Supplement to the account of plague administration in the Bombay Presidency from September 1896 till May 1897
Year: 1896
Disease focus: Plague
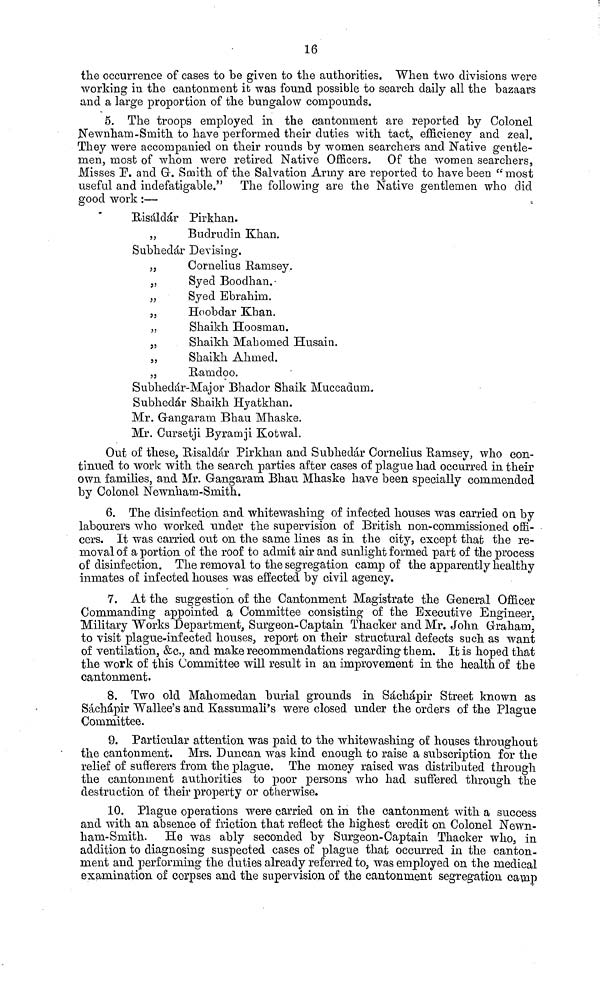
16
the occurrence of cases to be given to the authorities. When two divisions were
working in the cantonment it was found possible to search daily all the bazaars
and a large proportion of the bungalow compounds.
5. The troops employed in the cantonment are reported by Colonel
Newnham-Smith, to have performed their duties with tact, efficiency and zeal.
They were accompanied on their rounds by women searchers and Native gentle-
men, most of whom were retired Native Officers. Of the women searchers,
Misses F. and G. Smith of the Salvation Army are reported to have been "most
useful and indefatigable." The following are the Native gentlemen who did
good work :—
Hisáldár Pirkhan.
,,
Budrudin Khan.
Subhedár Devising.
„
Cornelius Ramsey.
„
Syed Boodhan.
„
Syed Ebrahim.
,,
Hoobdar Khan.
,,
Shaikh Hoosrnan.
,,
Shaikh Mahomed Husain.
,,
Shaikh Ahmed.
„
Ramdoo.
Subhedár-Major Bhador Shaik Muccadum,
Subhedár Shaikh Hyatkhan.
Mr. Gangarani Bhau Mhaske.
Mr. Cursetji Byramji Kotwal.
Out of these, Hisaldár Pirkhan and Subhedár Cornelius Bamsey, who con-
tinued to work with the search parties after cases of plague had occurred in their
own families, and Mr. Gangaram Bhau Mhaske have been specially commended
by Colonel Newnham-Smith.
6. The disinfection and whitewashing of infected houses was carried on by
labourers who worked under the supervision of British non-commissioned offi-
cers. It was carried out on the same lines as in the city, except that the re-
moval of a portion of the roof to admit air and sunlight formed part of the process
of disinfection. The removal to the segregation camp of the apparently healthy
inmates of infected houses was effected by civil agency.
7. At the suggestion of the Cantonment Magistrate the General Officer
Commanding appointed a Committee consisting of the Executive Engineer,
Military Works Department, Surgeon-Captain Thacker and Mr. John Graham,
to visit plague-infected houses, report on their structural defects such as want
of ventilation, &c., and make recommendations regarding them. It is hoped that
the work of this Committee will result in an improvement in the health of the
cantonment.
8. Two old Mahomeclan burial grounds in Sáchápir Street known as
Sachápir Wallee's and Kassuinali's were closed under the orders of the Plague
Committee.
9. Particular attention was paid to the whitewashing of houses throughout
the cantonment. Mrs. Duncan was kind enough to raise a subscription for the
relief of sufferers from, the plague. The money raised was distributed through
the cantonment authorities to poor persons who had suffered through the
destruction of their property or otherwise.
10. Plague operations were carried on in the cantonment with a success
and with an absence of friction that reflect the highest credit on Colonel Newn-
ham-Smith.
He was ably seconded by Surgeon-Captain Thacker who, in
addition to diagnosing suspected cases of plague that occurred in the canton-
ment and performing the duties already referred to, was employed on the medical
examination of corpses and the supervision of the cantonment segregation camp